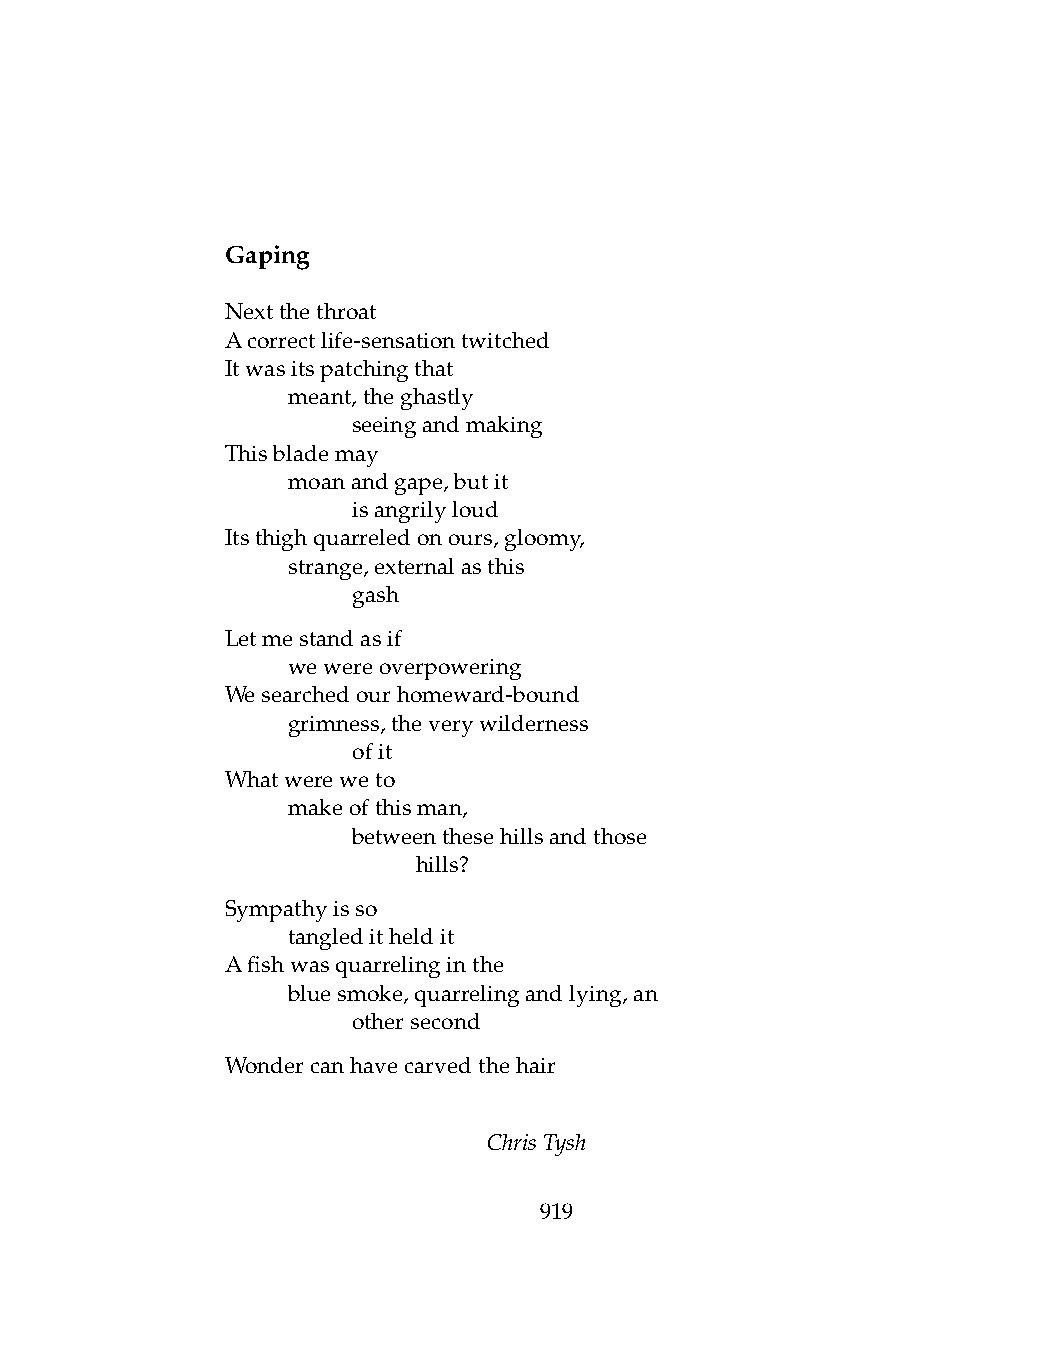
Gaping
 Nextthethroat
 Acorrectlife-sensationtwitched
 Itwasitspatchingthat
 .   meant,theghastly
 .   .   seeingandmaking
 Thisblademay
 .   moanandgape,butit
 .   .   isangrilyloud
 Itsthighquarreledonours,gloomy,
 .   strange,externalasthis
 .   .   gash
 Letmestandasif
 .   wewereoverpowering
 Wesearchedourhomeward-bound
 .   grimness,theverywilderness
 .   .   ofit
 Whatwereweto
 .   makeofthisman,
 .   .   betweenthesehillsandthose
 .   .   .    hills?
 Sympathyisso
 .   tangleditheldit
 Afishwasquarrelinginthe
 .   bluesmoke,quarrelingandlying,an
 .   .   othersecond
 Wondercanhavecarvedthehair
 ChrisTysh
 919